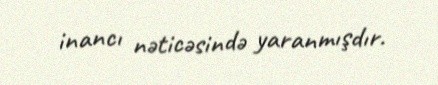
inancı nəticəsində yaranmışdır.